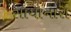
સાયોનારા